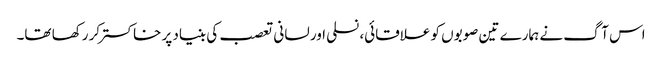
اس آگ نے ہمارے تین صوبوں کو علاقائی، نسلی اور لسانی تعصب کی بنیاد پر خاکستر کر رکھا تھا۔